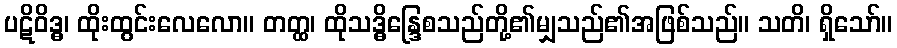
ပဋိဝိဒ္ဓ၊ ထိုးထွင်းလေလော။ တတ္ထ၊ ထိုသဒ္ဓိန္ဒြေစသည်တို့၏မျှသည်၏အဖြစ်သည်။ သတိ၊ ရှိသော်။